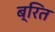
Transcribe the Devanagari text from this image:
ब्रित